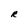
Character: R